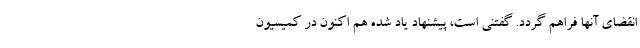
انقضای آنها فراهم گردد. گفتنی است، پیشنهاد یاد شده هم اکنون در کمیسیون